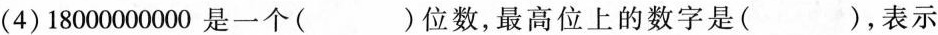
(4)18000000000是一个()位数，最高位上的数字是( )，表示